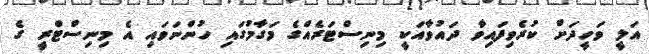
އަލީ ވަހީދަށް ކުރެވިފައިވާ ދައުވާއަކީ މިނިސްޓަރެއްގެ މަގާމުގައި ހުންނަވައި އެ މިނިސްޓްރީީ ގެ